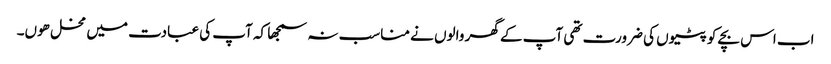
اب اس بچے کو پٹیوں کی ضرورت تھی آپ کے گھر والوں نے مناسب نہ سمجھا کہ آپ کی عبادت میں مخل ھوں۔